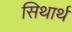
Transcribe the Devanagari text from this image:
सिथार्थ